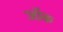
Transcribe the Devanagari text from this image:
जाॅक